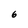
Character: 6